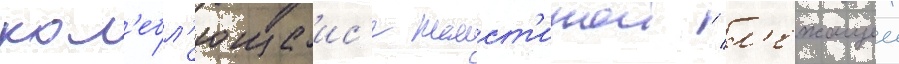
кол'ебл'ющеис'я пласт'инои / л'ежащеи